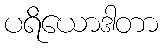
ပရိယောဒါတာ